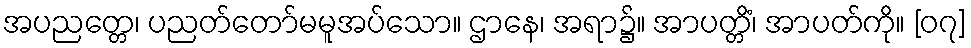
အပညတ္တေ၊ ပညတ်တော်မမူအပ်သော။ ဌာနေ၊ အရာ၌။ အာပတ္တိံ၊ အာပတ်ကို။ [၀၇]